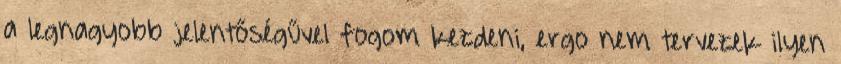
a legnagyobb jelentőségűvel fogom kezdeni, ergo nem tervezek ilyen